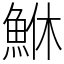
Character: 鮴